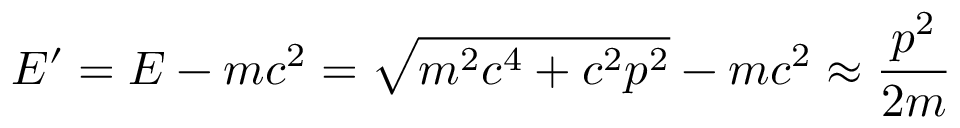
E ^ { \prime } = E - m c ^ { 2 } = { \sqrt { m ^ { 2 } c ^ { 4 } + c ^ { 2 } p ^ { 2 } } } - m c ^ { 2 } \approx { \frac { p ^ { 2 } } { 2 m } }